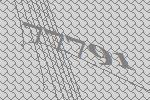
77791